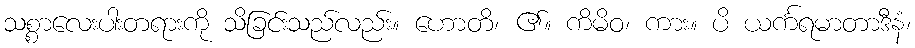
သစ္စာလေးပါးတရားကို သိခြင်းသည်လည်း။ ဟောတိ၊ ၏။ ကိမိဝ၊ ကား။ ပိ ယင်္ကရမာတာဒီနံ၊